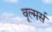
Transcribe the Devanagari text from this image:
वूल्मर्स